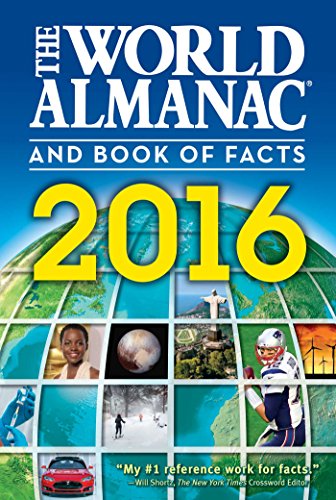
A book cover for The World Almanac and Book of Facts 2016; Reference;